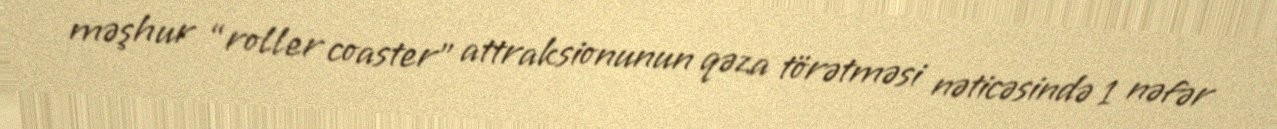
məşhur “roller coaster” attraksionunun qəza törətməsi nəticəsində 1 nəfər